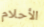
الأحلام